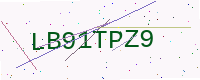
Text: LB91TPZ9